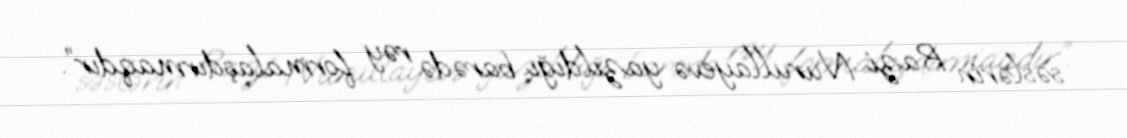
səslərin Razi Nurullayevə yazıldığı barədə rəy formalaşdırmaqdır”.